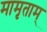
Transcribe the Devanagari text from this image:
मामृताम्‌